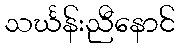
သင်္ဃန်းညီနောင်